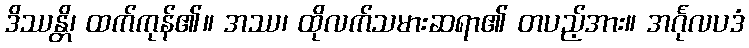
ဒိဿန္တိ၊ ထက်ကုန်၏။ အဿ၊ ထိုလက်သမားဆရာ၏ တပည့်အား။ အင်္ဂုလပဒံ